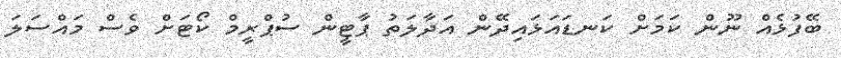
ބޭފުޅެއް ނޫން ކަމަށް ކަނޑައަޅައިދޭން އަދާލަތު ޕާޓީން ސުޕްރީމް ކޯޓަށް ވެސް މައްސަލަ